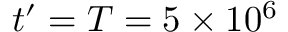
t ^ { \prime } = T = 5 \times 1 0 ^ { 6 }